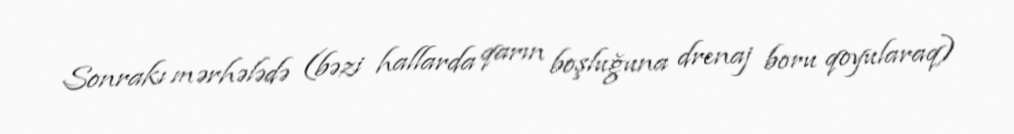
Sonrakı mərhələdə (bəzi hallarda qarın boşluğuna drenaj boru qoyularaq)